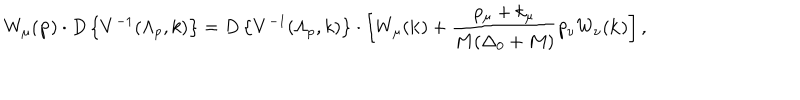
LaTeX: W _ { \mu } ( { \bf p } ) \cdot D \left\{ V ^ { - 1 } ( \Lambda _ { p } , k ) \right\} = D \left\{ V ^ { - 1 } ( \Lambda _ { p } , k ) \right\} \cdot \left[ W _ { \mu } ( { \bf k } ) + \frac { p _ { \mu } + k _ { \mu } } { M ( \Delta _ { 0 } + M ) } p _ { \nu } W _ { \nu } ( { \bf k } ) \right] ,